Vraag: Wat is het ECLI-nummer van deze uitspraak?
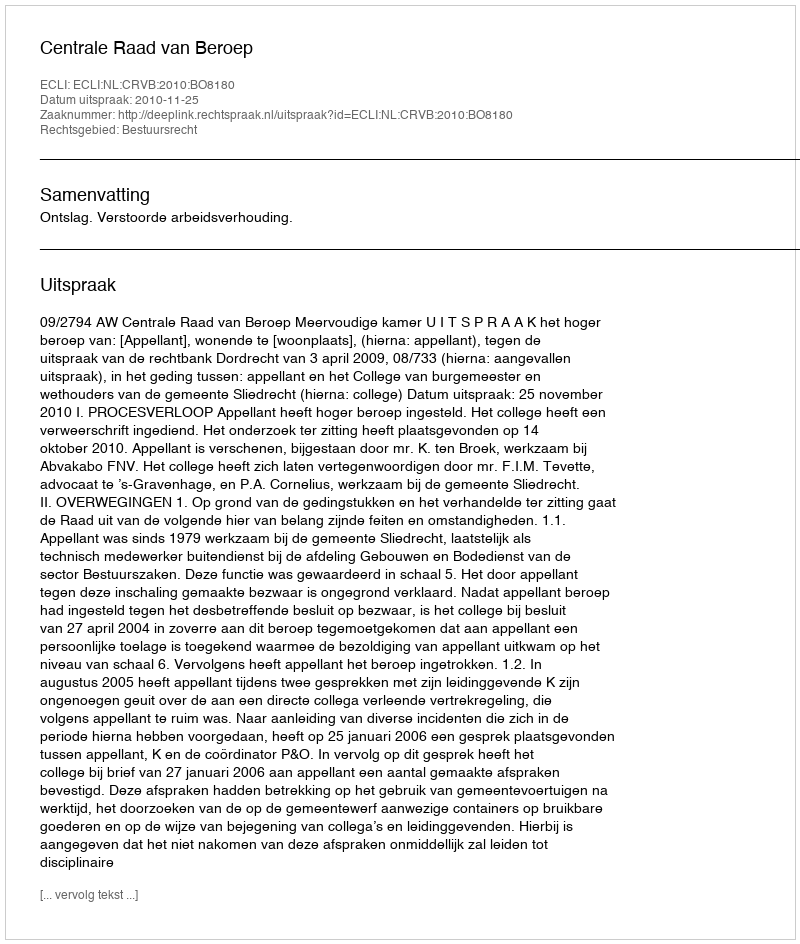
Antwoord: ECLI:NL:CRVB:2010:BO8180